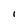
Character: I